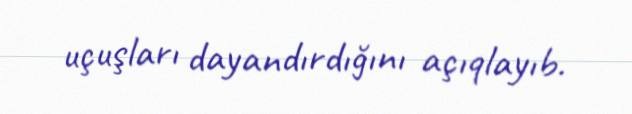
uçuşları dayandırdığını açıqlayıb.